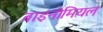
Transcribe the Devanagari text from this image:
बाइनोमियल